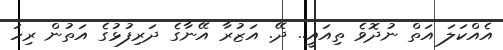
އެއްކަލަ އަތް ނުދޮވެ ތިއައީ.. ދޭ. އަޒުރާ އޭނާގެ ދަރިފުޅުގެ އަތުން ރިހަ